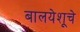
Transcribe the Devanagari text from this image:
बालयेशूचे